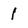
Character: l